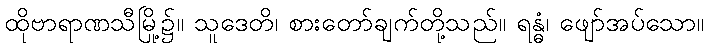
ထိုဗာရာဏသီမြို့၌။ သူဒေတိ၊ စားတော်ချက်တို့သည်။ ရန္ဓံ၊ ဖျော်အပ်သော။